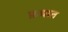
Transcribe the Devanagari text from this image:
फ्रथात